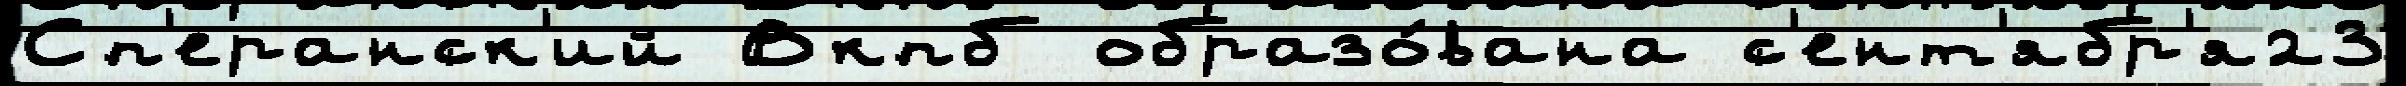
Сп'еранск'ий Вкпб образо́вана с'ент'ябр'я23